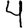
Digit: 4